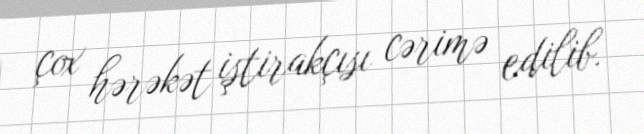
çox hərəkət iştirakçısı cərimə edilib.